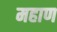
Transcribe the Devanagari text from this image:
महाण